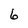
Character: 6